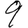
Digit: 9